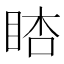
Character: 𥆪